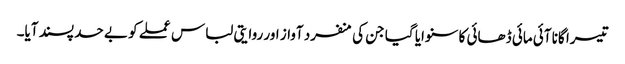
تیسرا گانا آئی مائی ڈھائی کا سنوایا گیا جن کی منفرد آواز اور روایتی لباس عملے کو بے حد پسند آیا۔